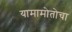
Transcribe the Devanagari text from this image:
यामामोतोचा